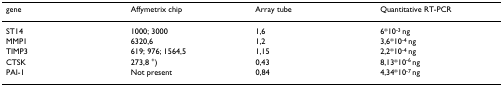
<table><thead><tr><td><b>gene</b></td><td><b>Affymetrix chip</b></td><td><b>Array tube</b></td><td><b>Quantitative RT-PCR</b></td></tr></thead><tbody><tr><td>ST14</td><td>1000; 3000</td><td>1,6</td><td>6*10<sup>-3 </sup>ng</td></tr><tr><td>MMP1</td><td>6320,6</td><td>1,2</td><td>3,6*10<sup>-4 </sup>ng</td></tr><tr><td>TIMP3</td><td>619; 976; 1564,5</td><td>1,15</td><td>2,2*10<sup>-4 </sup>ng</td></tr><tr><td>CTSK</td><td>273,8 <sup>+</sup>)</td><td>0,43</td><td>8,13*10<sup>-6 </sup>ng</td></tr><tr><td>PAI-1</td><td>Not present</td><td>0,84</td><td>4,34*10<sup>-7 </sup>ng</td></tr></tbody></table>